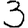
Digit: 3